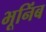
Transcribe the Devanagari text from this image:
भूनिंब